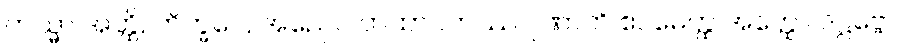
တသ္မာ အတ္ထိ, ဘိက္ခဝေ, အညေဝ တထာဂတဿ ဂုဏာတိ ဧဝမေတ္ထ အတ္ထော ဒဋ္ဌဗ္ဗော။